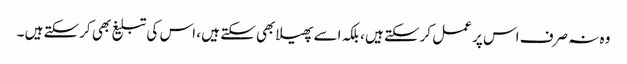
وہ نہ صرف اس پر عمل کرسکتے ہیں ، بلکہ اسے پھیلابھی سکتے ہیں ، اس کی تبلیغ بھی کرسکتے ہیں ۔